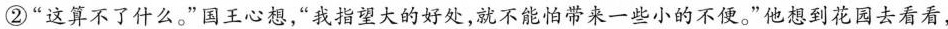
②”这算不了什么。”国王心想，”我指望大的好处，就不能怕带来一些小的不便。”他想到花园去看看，